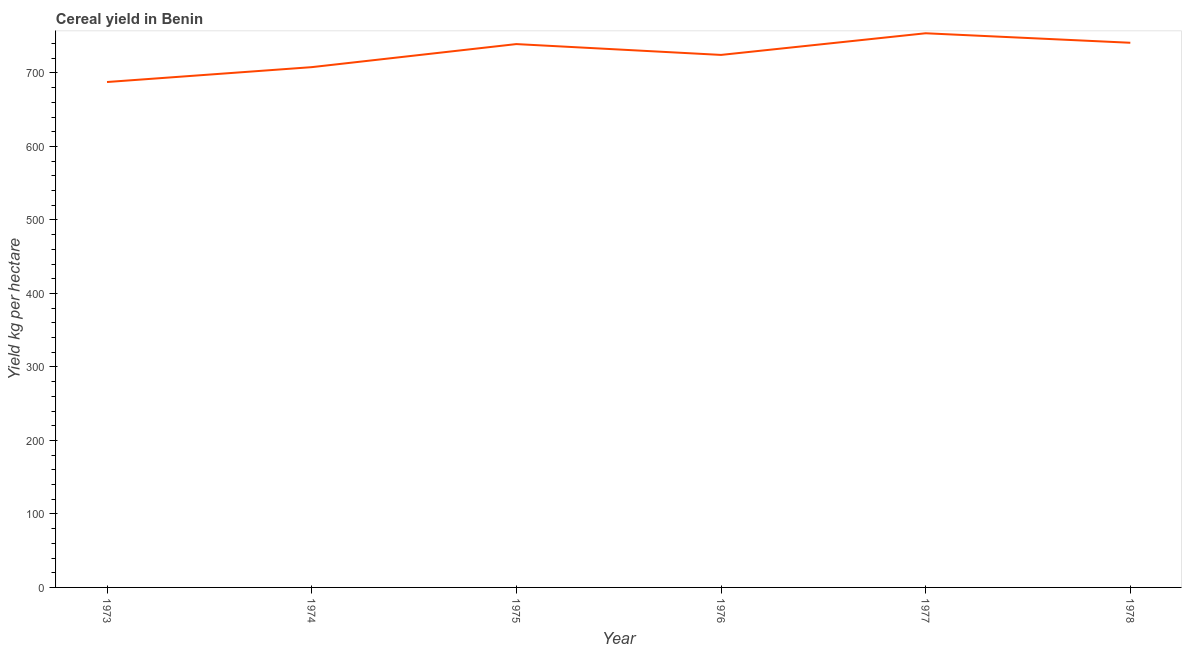
| Year | Cereal yield |
 | --- | --- |
 | 1973 | 688 |
 | 1974 | 708 |
 | 1975 | 739 |
 | 1976 | 725 |
 | 1977 | 754 |
 | 1978 | 741 |